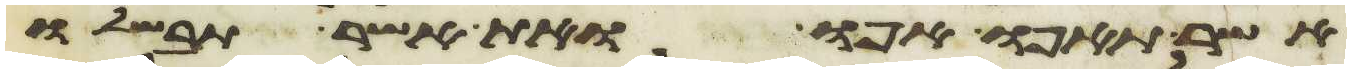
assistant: אשר תאפו אפו ואת אשר תבשלו